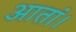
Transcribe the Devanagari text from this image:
आतां।